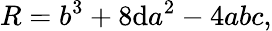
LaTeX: R=b^{3}+8\mathrm{d}a^{2}-4abc,